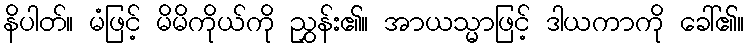
နိပါတ်။ မံဖြင့် မိမိကိုယ်ကို ညွှန်း၏။ အာယသ္မာဖြင့် ဒါယကာကို ခေါ်၏။